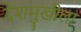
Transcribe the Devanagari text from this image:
देशमुखीला